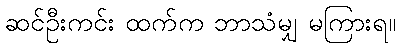
ဆင်ဦးကင်း ထက်က ဘာသံမျှ မကြားရ။